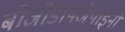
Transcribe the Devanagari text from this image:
बोंजोडायजेपाइनों